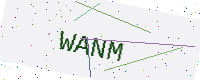
Text: WANM